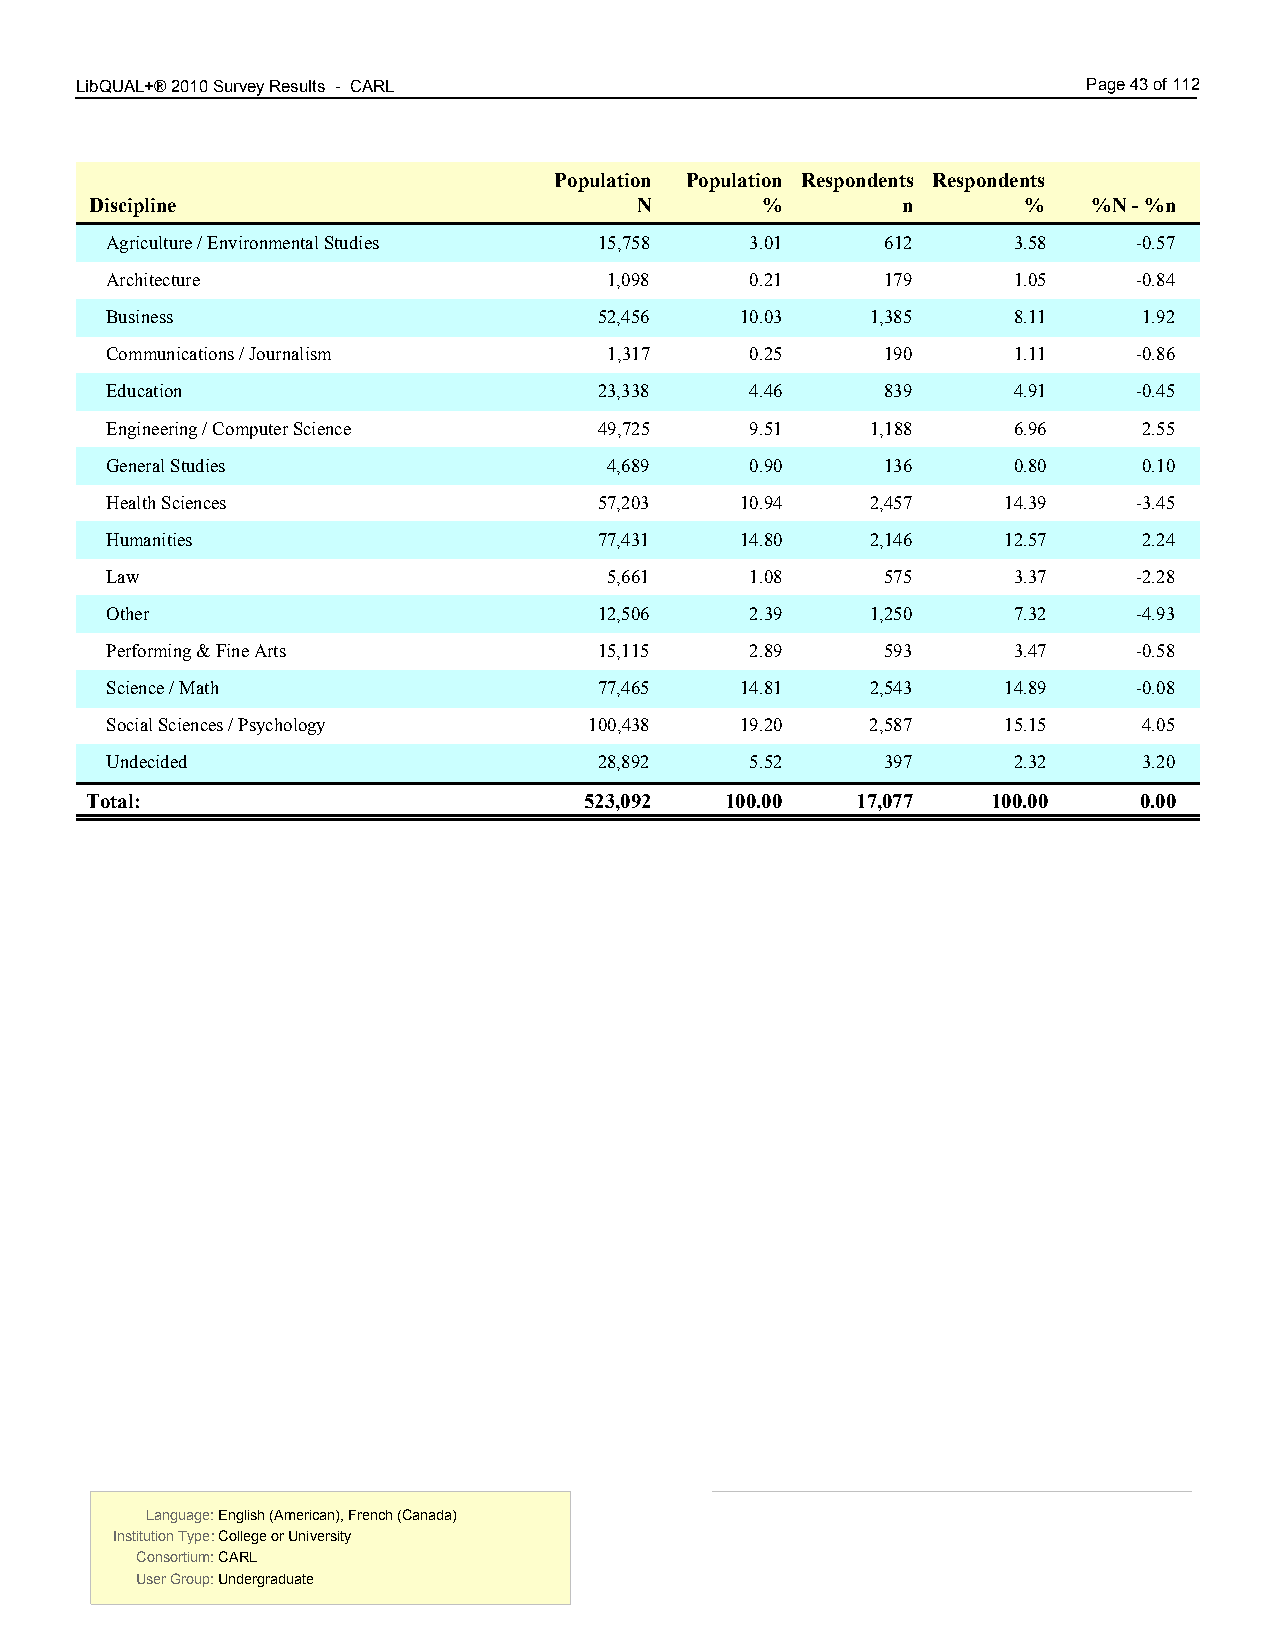
LibQUAL+® 2010 Survey Results - CARL 4.00                          Page 43 of 112
 Population Population Respondents Respondents
 Discipline                          N       %         n       %   %N - %n
 Agriculture / Environmental Studies 15,758 3.01     612     3.58    -0.57
 Architecture                     1,098     0.21     179     1.05    -0.84
 Business                         52,456   10.03    1,385    8.11     1.92
 Communications / Journalism      1,317     0.25     190     1.11    -0.86
 Education                        23,338    4.46     839     4.91    -0.45
 Engineering / Computer Science   49,725    9.51    1,188    6.96     2.55
 General Studies                  4,689     0.90     136     0.80     0.10
 Health Sciences                  57,203   10.94    2,457   14.39    -3.45
 Humanities                       77,431   14.80    2,146   12.57     2.24
 Law                              5,661     1.08     575     3.37    -2.28
 Other                            12,506    2.39    1,250    7.32    -4.93
 Performing & Fine Arts           15,115    2.89     593     3.47    -0.58
 Science / Math                   77,465   14.81    2,543   14.89    -0.08
 Social Sciences / Psychology    100,438   19.20    2,587   15.15     4.05
 Undecided                        28,892    5.52     397     2.32     3.20
 Total:                           523,092  100.00   17,077   100.00   0.00
 Language: English (American), French (Canada) Language: English (American), French (Canada)
 Institution Type: College or University  Institution Type: College or University
 Consortium: CARL                         Consortium: CARL
 User Group: Undergraduate                User Group: Undergraduate